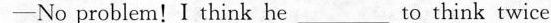
—No problem!I think he___to think twice